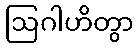
ဩဂါဟိတွာ